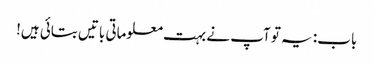
باب: یہ تو آپ نے بہت معلوماتی باتیں بتائی ہیں!